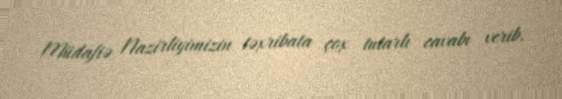
Müdafiə Nazirliyimizin təxribata çox tutarlı cavabı verib.